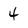
Character: 4